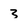
Character: 3